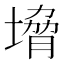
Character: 㙝